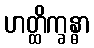
ဟတ္ထိက္ခန္ဓာ